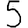
Digit: 5